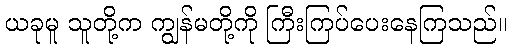
ယခုမူ သူတို့က ကျွန်မတို့ကို ကြီးကြပ်ပေးနေကြသည်။